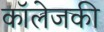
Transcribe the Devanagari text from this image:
कॉलेजकी